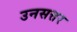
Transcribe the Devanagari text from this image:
उनसत्तर